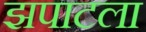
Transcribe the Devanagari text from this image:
झपाटला